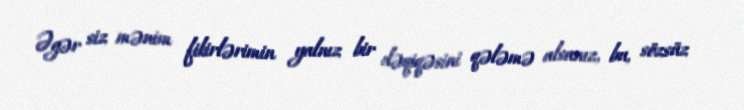
Əgər siz mənim fikirlərimin yalnız bir dəqiqəsini qələmə alsanız, bu, sözsüz